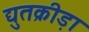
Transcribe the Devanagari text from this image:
द्युतक्रीड़ा